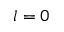
l = 0